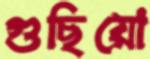
গুছিয়ো